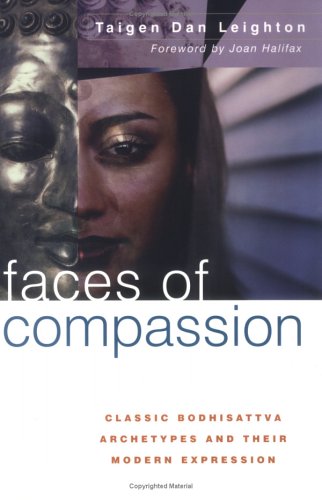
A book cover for Faces of Compassion: Classic Bodhisattva Archetypes and Their Modern Expression; Taigen Dan Leighton; Religion & Spirituality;